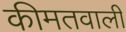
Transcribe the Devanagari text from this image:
कीमतवाली